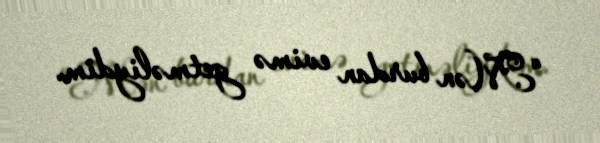
“Mən burdan evimə getməliydim.